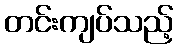
တင်းကျပ်သည့်